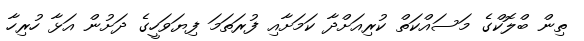
ތިން ބްލޮކްގެ މަސައްކަތް ކުރިއަށްދާ ކަމަށާއި ފުރަތަމަ ފިޔަވަހީގެ ދަށުން އަޅާ ހުރިހާ